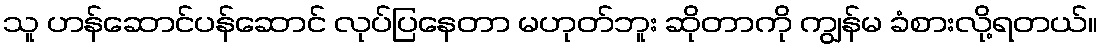
သူ ဟန်ဆောင်ပန်ဆောင် လုပ်ပြနေတာ မဟုတ်ဘူး ဆိုတာကို ကျွန်မ ခံစားလို့ရတယ်။